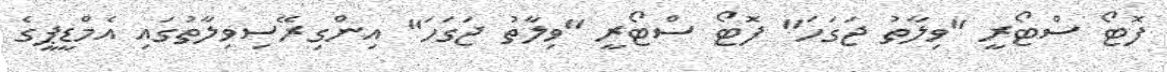
ފޮޓޯ ސްޓޯރީ "ވިލާތު ޖަގަހަ" ފޮޓޯ ސްޓޯރީ "ވިލާތު ޖަގަހަ" އިންގިރޭސިވިލާތުގައި އެމްޑީޕީގެ